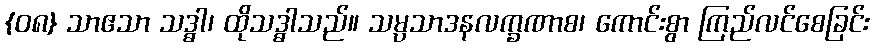
{၀၈} သာဧသာ သဒ္ဓါ၊ ထိုသဒ္ဓါသည်။ သမ္ပသာဒနလက္ခဏာစ၊ ကောင်းစွာ ကြည်လင်စေခြင်း